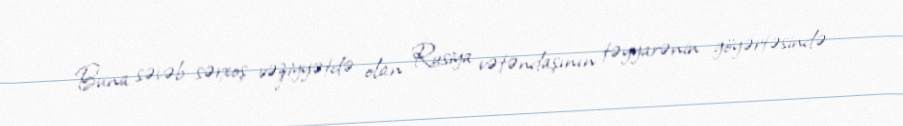
Buna səvəb sərxoş vəziyyətdə olan Rusiya vətəndaşının təyyarənin göyərtəsində